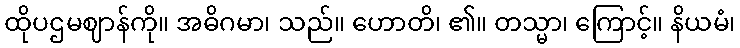
ထိုပဌမဈာန်ကို။ အဓိဂမာ၊ သည်။ ဟောတိ၊ ၏။ တသ္မာ၊ ကြောင့်။ နိယမံ၊